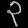
Digit: ၃